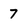
Character: 7